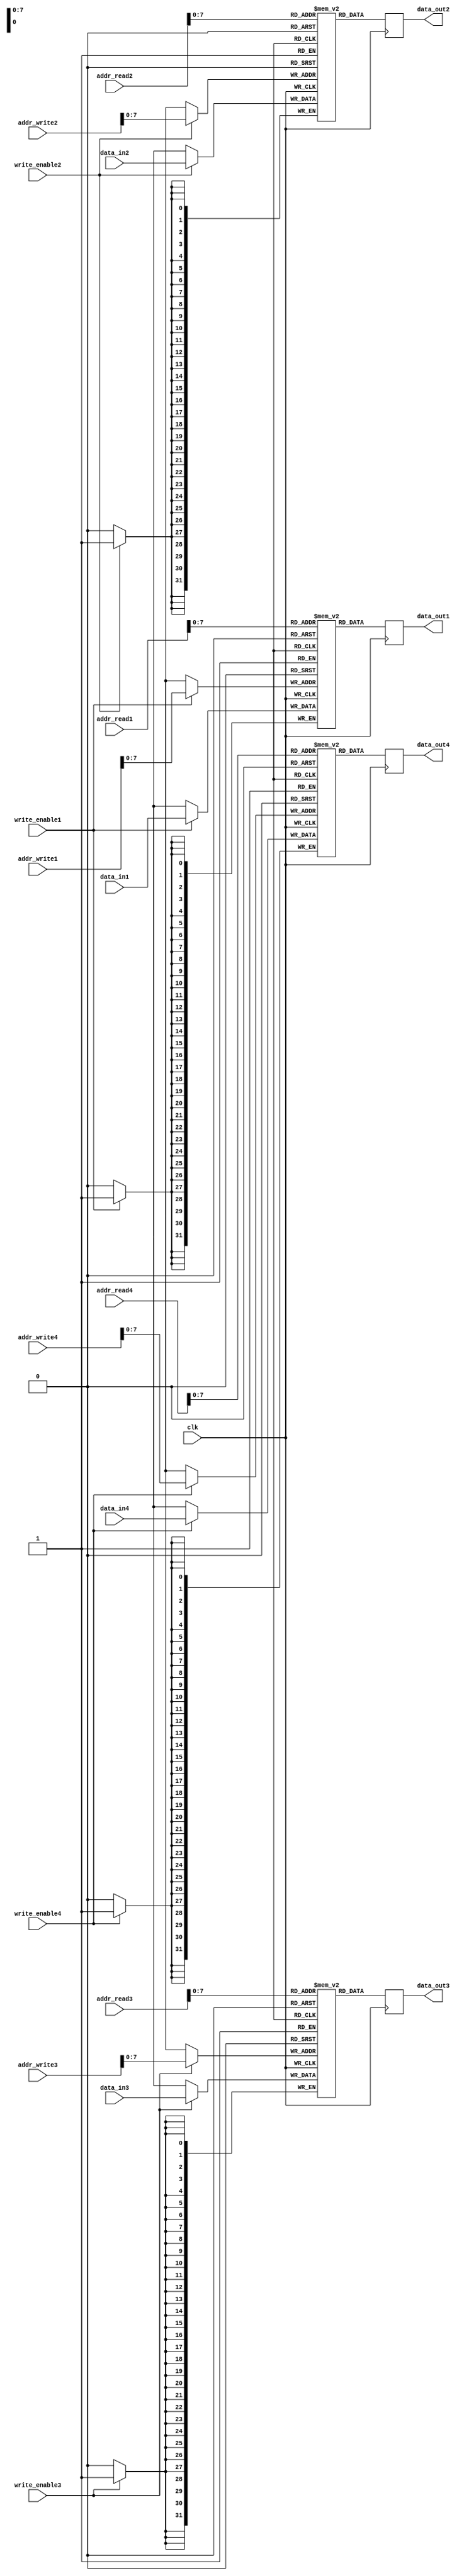
module quad_port_regfile (
    input wire clk,
    input wire [31:0] addr_read1,
    input wire [31:0] addr_read2,
    input wire [31:0] addr_read3,
    input wire [31:0] addr_read4,
    input wire [31:0] addr_write1,
    input wire [31:0] addr_write2,
    input wire [31:0] addr_write3,
    input wire [31:0] addr_write4,
    input wire [31:0] data_in1,
    input wire [31:0] data_in2,
    input wire [31:0] data_in3,
    input wire [31:0] data_in4,
    input wire write_enable1,
    input wire write_enable2,
    input wire write_enable3,
    input wire write_enable4,
    output reg [31:0] data_out1,
    output reg [31:0] data_out2,
    output reg [31:0] data_out3,
    output reg [31:0] data_out4
);

reg [31:0] memory_block1 [0:255]; // Assuming 256 memory blocks with 32-bit registers
reg [31:0] memory_block2 [0:255];
reg [31:0] memory_block3 [0:255];
reg [31:0] memory_block4 [0:255];

always @(posedge clk) begin
    if(write_enable1) begin
        memory_block1[addr_write1] <= data_in1;
    end
    if(write_enable2) begin
        memory_block2[addr_write2] <= data_in2;
    end
    if(write_enable3) begin
        memory_block3[addr_write3] <= data_in3;
    end
    if(write_enable4) begin
        memory_block4[addr_write4] <= data_in4;
    end

    data_out1 <= memory_block1[addr_read1];
    data_out2 <= memory_block2[addr_read2];
    data_out3 <= memory_block3[addr_read3];
    data_out4 <= memory_block4[addr_read4];
end

endmodule